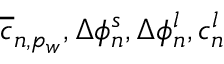
\overline { { c } } _ { n , p _ { w } } , \Delta \phi _ { n } ^ { s } , \Delta \phi _ { n } ^ { l } , c _ { n } ^ { l }